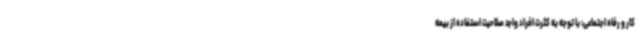
کار و رفاه اجتماعی: با توجه به کثرت افراد واجد صلاحیت استفاده از بیمه